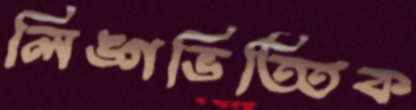
লিঙ্গভিত্তিক